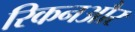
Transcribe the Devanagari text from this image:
रिकनऔर